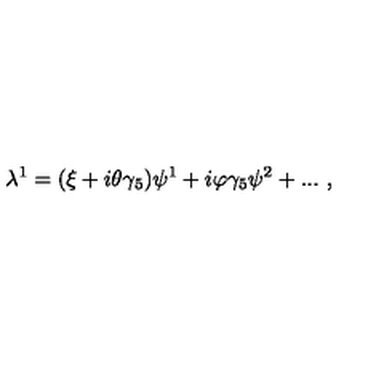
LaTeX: \lambda ^ { 1 } = ( \xi + i \theta \gamma _ { 5 } ) \psi ^ { 1 } + i \varphi \gamma _ { 5 } \psi ^ { 2 } + . . . \ , \,